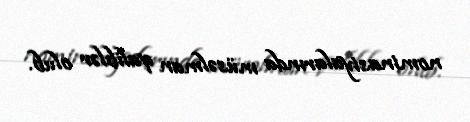
nominasiyalarında müsəlman qaliblər olub.